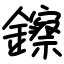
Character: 鑔